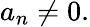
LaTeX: a_{n}\neq 0.